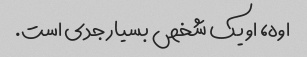
اوه، او یک شخص بسیار جدی است.